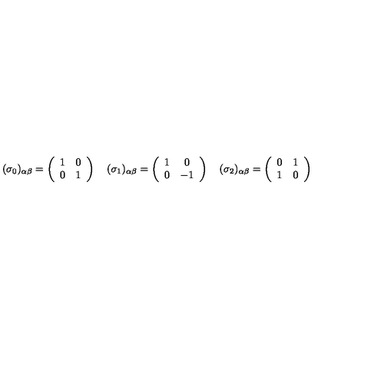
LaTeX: ( \sigma _ { 0 } ) _ { \alpha \beta } = \left( \begin{array} { c c } { 1 } & { 0 } \\ { 0 } & { 1 } \\ \end{array} \right) \quad ( \sigma _ { 1 } ) _ { \alpha \beta } = \left( \begin{array} { c c } { 1 } & { 0 } \\ { 0 } & { - 1 } \\ \end{array} \right) \quad ( \sigma _ { 2 } ) _ { \alpha \beta } = \left( \begin{array} { c c } { 0 } & { 1 } \\ { 1 } & { 0 } \\ \end{array} \right)